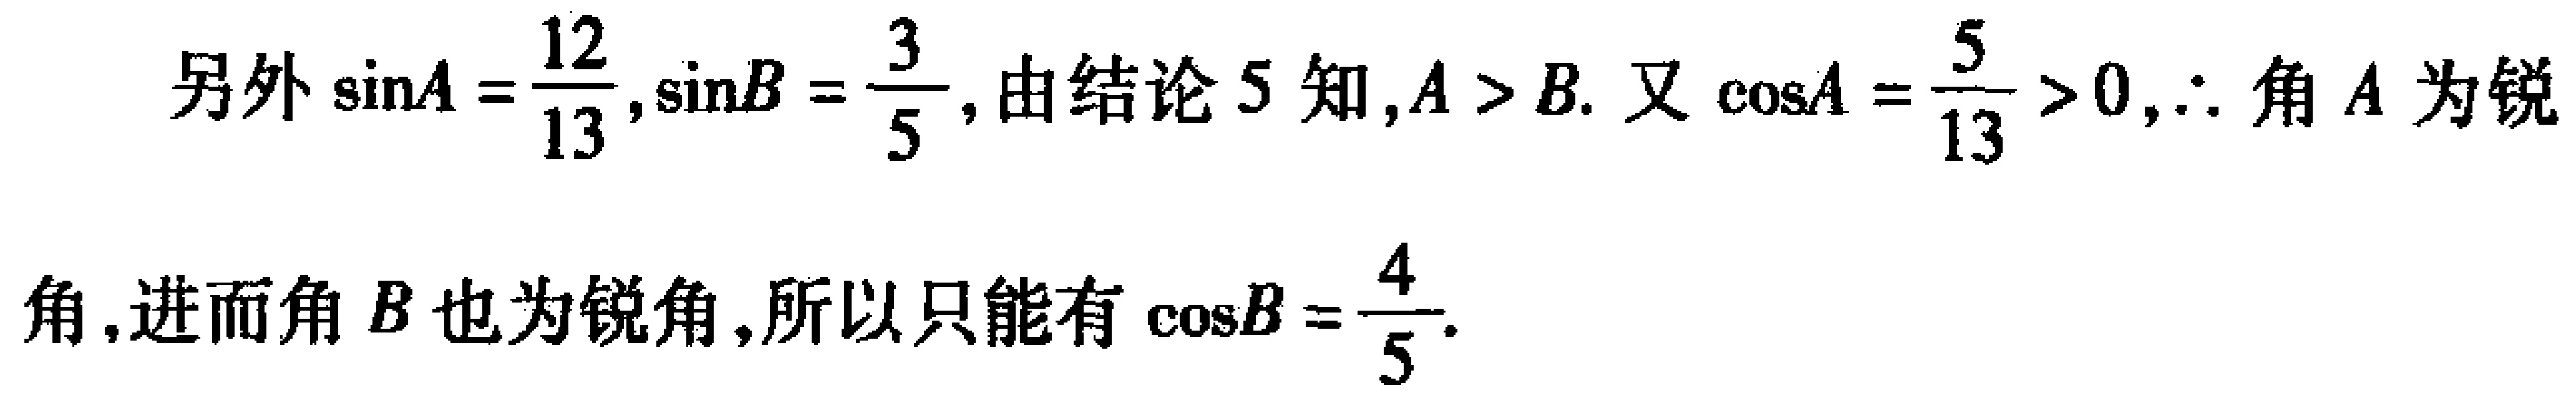
另外\(\sin A = \frac{12}{13},\sin B = \frac{3}{5}\),由结论5知,\(A > B\). 又\(\cos A = \frac{5}{13} > 0,\therefore\)角\(A\)为锐
角,进而角\(B\)也为锐角,所以只能有\(\cos B = \frac{4}{5}\).